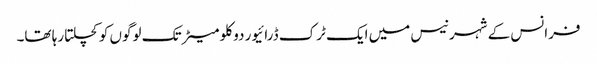
فرانس کے شہر نیس میں ایک ٹرک ڈرائیور دو کلو میٹر تک لوگوں کو کچلتا رہا تھا۔